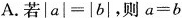
A.若$$| a | = | b |$$，则$$a = b$$